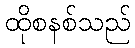
ထိုစနစ်သည်